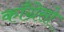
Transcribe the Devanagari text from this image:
काँग्रेसो